Leaving Certificate Examination, 1909
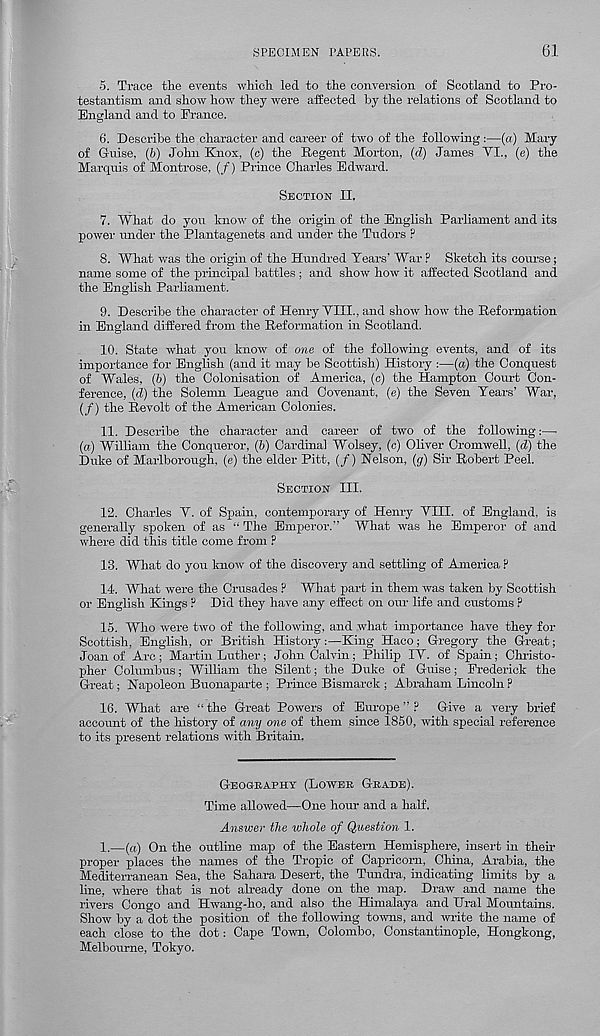
SPECIMEN PAPERS.
61
5. Trace the events which led to the conversion of Scotland to Pro-
testantism and show how they were affected by the relations of Scotland to
England and to Prance.
6. Describe the character and career of two of the following:—(a) Mary
of G-uise, (b) John Knox, (c) the Regent Morton, (d) James VI., (e) the
Marquis of Montrose, (f) Prince Charles Edward.
Section II.
7. What do you know of the origin of the English Parliament and its
power under the Plantagenets and under the Tudors ?
8. What was the origin of the Hundred Tears’ War ? Sketch its course;
name some of the principal battles ; and show how it affected Scotland and
the English Parliament.
9. Describe the character of Henry VIII., and show how the Reformation
in England differed from the Reformation in Scotland.
10. State what you know of one of the following events, and of its
importance for English (and it may be Scottish) History :—(a) the Conquest
of Wales, (b) the Colonisation of America, (c) the Hampton Court Con-
ference, (d) the Solemn League and Covenant, (e) the Seven Tears’ War,
(/) the Revolt of the American Colonies.
11. Describe the character and career of two of the following:—
(a) William the Conqueror, (b) Cardinal Wolsey, (c) Oliver Cromwell, (d) the
Duke of Marlborough, (e) the elder Pitt, (/) Nelson, (g) Sir Robert Peel.
Section III.
12. Charles V. of Spain, contemporary of Henry VIII. of England, is
generally spoken of as “ The Emperor.” What was he Emperor of and
where did this title come from F
13. What do you know of the discovery and settling of America P
14. What were the Crusades ? What part in them was taken by Scottish
or English Kings P Did they have any effect on our life and customs ?
15. Who were two of the following, and what importance have they for
Scottish, English, or British History:—King Haco; Gregory the Great;
Joan of Arc; Martin Luther; John Calvin; Philip IV. of Spain; Christo-
pher Columbus; William the Silent; the Duke of Guise; Frederick the
Great; Napoleon Buonaxiarte ; Prince Bismarck ; Abraham Lincoln?
16. What are “ the Great Powers of Europe ” ? Give a very brief
account of the history of any one of them since 1850, with special reference
to its present relations with Britain.
Geography (Lower Grade).
Time allowed—One hour and a half.
Answer the whole of Question 1.
1.—(a) On the outline map of the Eastern Hemisphere, insert in then-
proper places the names of the Tropic of Capricorn, China, Arabia, the
Mediterranean Sea, the Sahara Desert, the Tundra, indicating limits by a
line, where that is not already done on the map. Draw and name the
rivers Congo and Hwang-ho, and also the Himalaya and Ural Mountains.
Show by a dot the position of the following towns, and write the name of
each close to the dot: Cape Town, Colombo, Constantinople, Hongkong,
Melbourne, Tokyo.